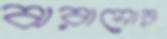
ঝরানোর